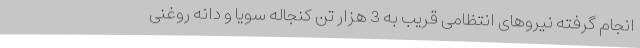
انجام گرفته نیروهای انتظامی قریب به 3 هزار تن کنجاله سویا و دانه روغنی